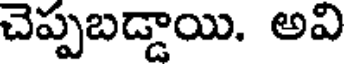
చెప్పబడ్డాయి. అవి